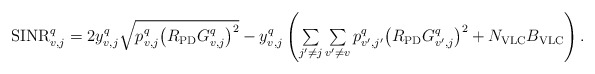
\begin{align*}\begin{array}{l}{\rm SINR}_{v,j}^q= 2y_{v,j}^q \sqrt{p_{v,j}^{q} {\left( {{R_{\rm{PD}}}{G_{v,j}^{q}}} \right)}^2} -y_{v,j}^q \left({\sum\limits_{j'\ne j} {\sum\limits_{v'\ne v} p_{v',j'}^{q} {\left( {{R_{\rm{PD}}}{G_{v',j}^{q}}} \right)}^2 } + N_{\rm VLC}B_{\rm VLC}} \right).\end{array}\end{align*}